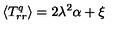
\langle { T _ { r r } ^ { q } } \rangle = 2 \lambda ^ { 2 } \alpha + \xi